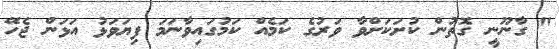
" ގާނޫނީ ގޮތުން ކުށަކަށްވާ ވަރުގެ ކަމެއް ކަމުގައިވާނަމަ ފިޔަވަޅު އަޅަން ޖެހޭ